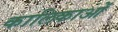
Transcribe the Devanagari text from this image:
कालिकाओं